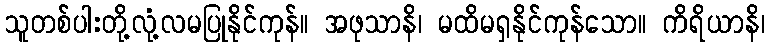
သူတစ်ပါးတို့လုံ့လမပြုနိုင်ကုန်။ အဖုသာနိ၊ မထိမရှနိုင်ကုန်သော။ ကိရိယာနိ၊